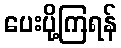
ပေးပို့ကြရန်